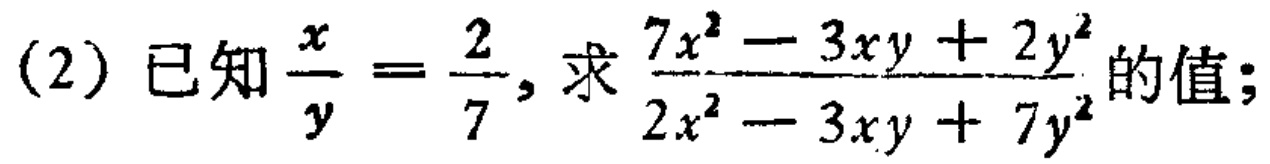
(2) 已知$\frac{x}{y}=\frac{2}{7}$，求$\frac{7x^{2}-3xy + 2y^{2}}{2x^{2}-3xy + 7y^{2}}$的值；